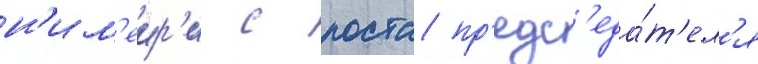
н'им'еир'и с поста пр'едс'еда́т'ел'я